Vaccination in the Punjab 1883-1896 - 1883-1896
Year: 1883
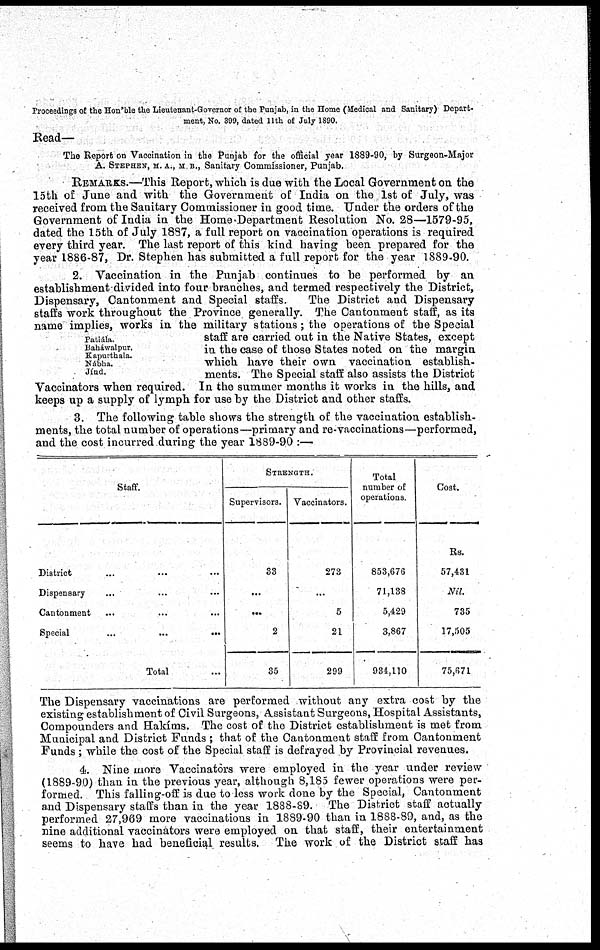
Proceedings of the Hon'ble the Lieutenant-Governor of the Punjab, in the Home (Medical and Sanitary) Depart-
ment, No. 399, dated 11th of July 1890.
Read—
The Report on Vaccination in the Punjab for the official year 1889-90, by Surgeon-Major
A. STEPHEN, M. A., M B., Sanitary Commissioner, Punjab.
REMARKS.—This Report, which is due with the Local Government on the
15th of June and with the Government of India on the 1st of July, was
received from the Sanitary Commissioner in good time. Under the orders of the
Government of India in the Home Department Resolution No. 28—1579-95,
dated the 15th of July 1887, a full report on vaccination operations is required
every third year. The last report of this kind having been prepared for the
year 1886-87, Dr. Stephen has submitted a full report for the year 1889-90.
Patiála.
Baháwalpur.
Kapurthala.
Nábha.
Jínd.
2. Vaccination in the Punjab continues to be performed by an
establishment-divided into four branches, and termed respectively the District,
Dispensary, Cantonment and Special staffs.
The District and Dispensary
staffs work throughout the Province generally. The Cantonment staff, as its
name implies, works in the military stations; the operations of the Special
staff are carried out in the Native States, except
in the case of those States noted on the margin
which have their own vaccination establish-
ments. The Special staff also assists the District
Vaccinators when required. In the summer months it works in the hills, and
keeps up a supply of lymph for use by the District and other staffs.
3. The following table shows the strength of the vaccination establish-
ments, the total number of operations—primary and re-vaccinations—performed,
and the cost incurred during the year 1889-90 :—
Staff.
District ... ... ...
Dispensary ... ... ...
Cantonment ... ... ...
Special
...
...
...
Total ...
STRENGTH.
Supervisors.
33
...
...
2
35
Vaccinators.
273
...
5
21
299
Total
number of
operations.
853,676
71,138
5,429
3,867
934,110
Cost.
Rs.
57,431
Nil.
735
17,505
75,671
The Dispensary vaccinations are performed without any extra cost by the
existing establishment of Civil Surgeons, Assistant Surgeons, Hospital Assistants,
Compounders and Hakíms. The cost of the District establishment is met from
Municipal and District Funds ; that of the Cantonment staff from Cantonment
Funds ; while the cost of the Special staff is defrayed by Provincial revenues.
4. Nine more Vaccinators were employed in the year under review
(1889-90) than in the previous year, although 8,185 fewer operations were per-
formed. This falling-off is due to less work done by the Special, Cantonment
and Dispensary staffs than in the year 1888-89. The District staff actually
performed 27,969 more vaccinations in 1889-90 than in 1888-89, and, as the
nine additional vaccinators were employed on that staff, their entertainment
seems to have had beneficial results. The work of the District staff has